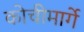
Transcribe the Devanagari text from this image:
कोचीमार्गे